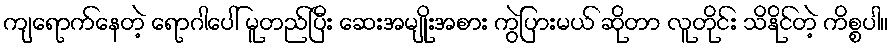
ကျရောက်နေတဲ့ ရောဂါပေါ် မူတည်ပြီး ဆေးအမျိုးအစား ကွဲပြားမယ် ဆိုတာ လူတိုင်း သိနိုင်တဲ့ ကိစ္စပါ။